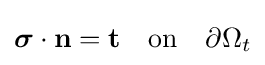
{\boldsymbol {\sigma }}\cdot \mathbf {n} =\mathbf {t} \quad {\text{on}}\quad \partial \Omega _{t}